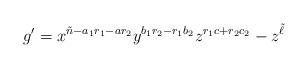
LaTeX: \begin{align*}g'=x^{\tilde n-a_1r_1-ar_2}y^{b_1r_2-r_1b_2}z^{r_1c+r_2c_2}-z^{\tilde\ell}\end{align*}